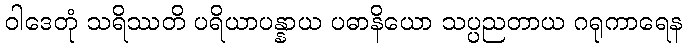
ဝါဒေတုံ သရိဿတိ ပရိယာပန္နာယ ပဓာနိယော သပ္ပညတာယ ဂရုကာရေန